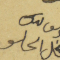
يوسف بك الحلو